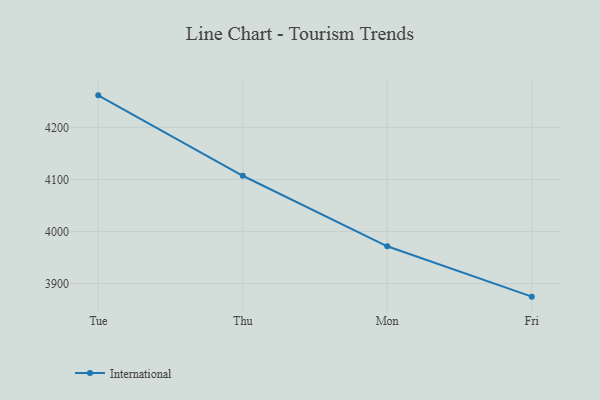
{"axis": {"x": "Day", "y": "Production Output"}, "legend": ["International"], "data": [{"x": "Tue", "y": 4261.4, "type": "International"}, {"x": "Thu", "y": 4107.1, "type": "International"}, {"x": "Mon", "y": 3971.7, "type": "International"}, {"x": "Fri", "y": 3875.1, "type": "International"}]}